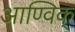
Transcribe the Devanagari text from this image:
आण्विक्